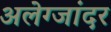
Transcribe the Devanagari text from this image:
अलेग्जांदर